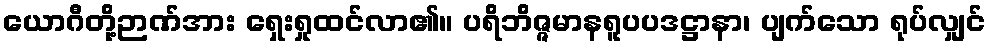
ယောဂီတို့ဉာဏ်အား ရှေးရှုထင်လာ၏။ ပရိဘိဇ္ဇမာနရူပပဒဋ္ဌာနာ၊ ပျက်သော ရုပ်လျှင်